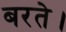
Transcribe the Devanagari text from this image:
बरते।